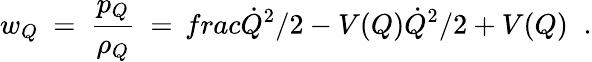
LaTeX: w_{Q}\ =\ \frac{p_{Q}}{\rho_{Q}}\ =\, frac{\dot{Q}^{2}/2-V(Q)}{\dot{Q}^{2}/2+V(Q)}\; \; .